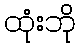
ထုံးဘို